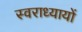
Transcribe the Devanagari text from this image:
स्वराध्यायों